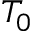
T _ { 0 }